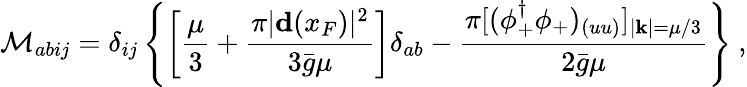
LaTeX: {\cal M}_{abij}=\delta_{ij}\left\{ \left[\frac{\mu}{3}+\frac{\pi|{\mathbf d}(x_{F})|^{2}}{3{\bar{g}}\mu}\right]\delta_{ab}-\frac{\pi[(\phi_{+}^{\dagger}\phi_{+})_{(uu)}]_{|{\mathbf k}|=\mu/3}}{2{\bar{g}}\mu}\right\} \ ,